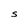
Character: S